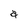
Character: a